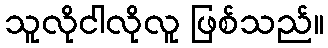
သူလိုငါလိုလူ ဖြစ်သည်။